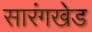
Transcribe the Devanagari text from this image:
सारंगखेड